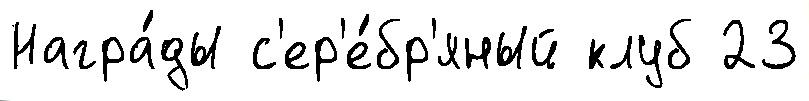
Награ́ды с'ер'е́бр'яный клуб 23